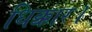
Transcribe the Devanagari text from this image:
धिक्कार।